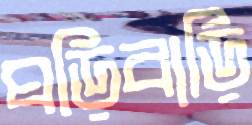
ঘড়িবাড়ি